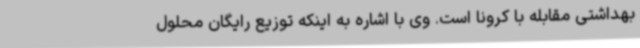
بهداشتی مقابله با کرونا است. وی با اشاره به اینکه توزیع رایگان محلول